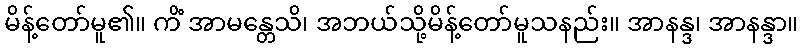
မိန့်တော်မူ၏။ ကိံ အာမန္တေသိ၊ အဘယ်သို့မိန့်တော်မူသနည်း။ အာနန္ဒ၊ အာနန္ဒာ။